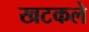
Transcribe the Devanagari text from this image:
खटकले